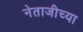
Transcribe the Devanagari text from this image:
नेताजीच्या